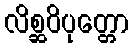
လိစ္ဆဝိပုတ္တော